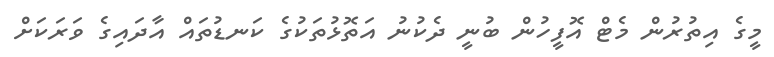
މީގެ އިތުރުން މެޓް އޮފީހުން ބުނީ ދެކުނު އަތޮޅުތަކުގެ ކަނޑުތައް އާދައިގެ ވަރަކަށް